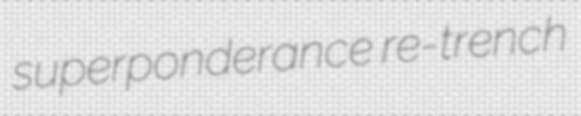
superponderance re-trench